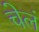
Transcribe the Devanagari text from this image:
चेलं